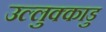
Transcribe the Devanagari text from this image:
उल्लुक्काडु